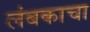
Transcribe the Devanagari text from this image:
लंबकाचा